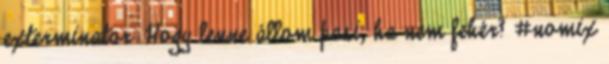
exterminator: Hogy lenne állom pasi, ha nem fehér? #nomix